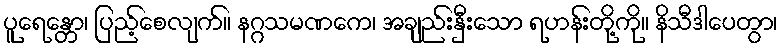
ပူရေန္တော၊ ပြည့်စေလျက်။ နဂ္ဂသမဏကေ၊ အချည်းနှီးသော ရဟန်းတို့ကို။ နိသီဒါပေတွာ၊